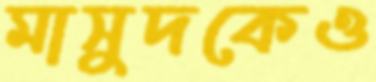
মাসুদকেও